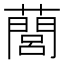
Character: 䕡